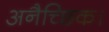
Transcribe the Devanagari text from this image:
अनैच्छिक।